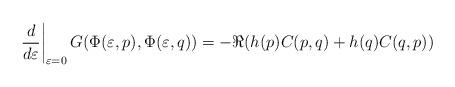
LaTeX: \begin{align*} \left. \frac{d}{d\varepsilon}\right|_{\varepsilon=0} G(\Phi(\varepsilon,p),\Phi(\varepsilon,q)) = - \Re (h(p) C(p,q) + h(q) C(q,p) ) \end{align*}